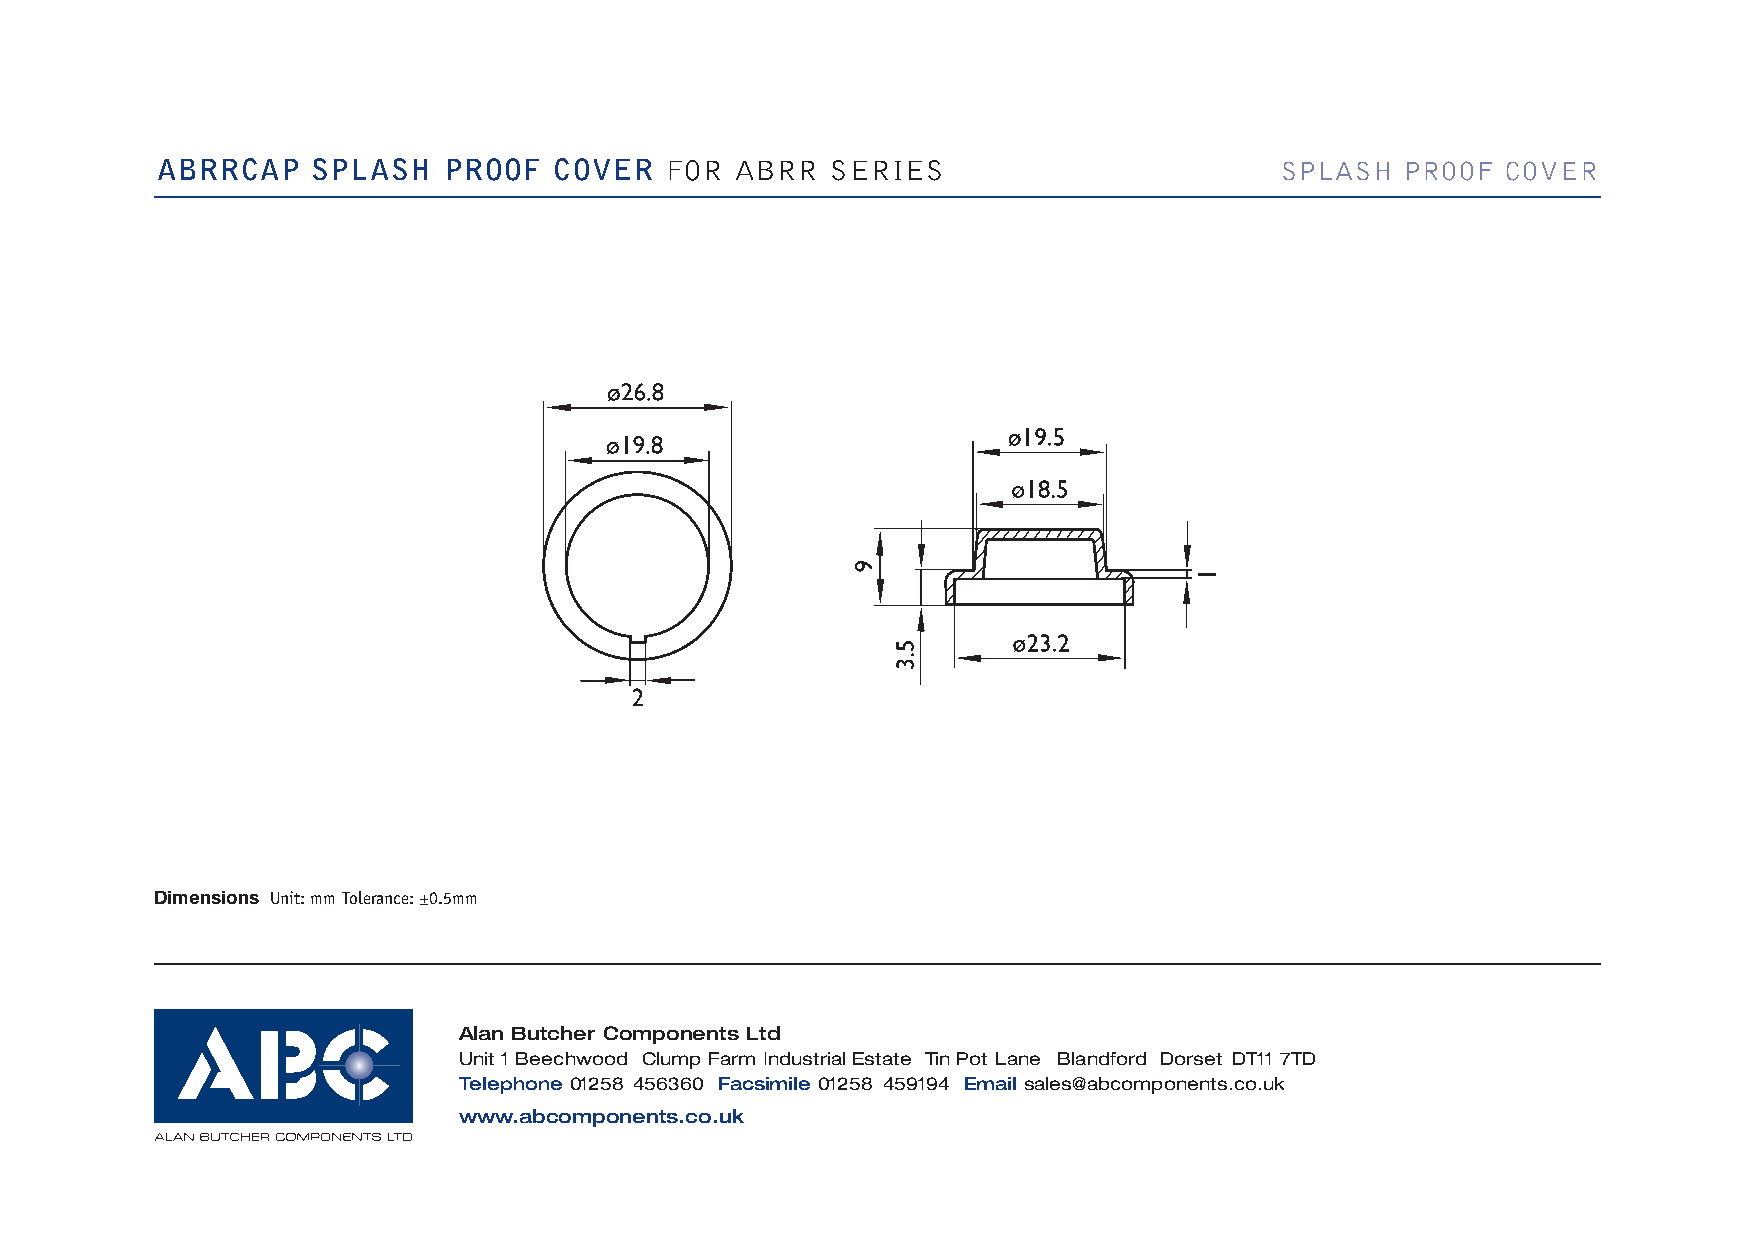
ABRRCAP    SPLASH  PROOF   COVER  FOR  ABRR  SERIES                        SPLASH  PROOF  COVER
 Dimensions Unit: mm Tolerance: ±0.5mm
 Alan Butcher Components Ltd
 Unit 1 Beechwood Clump Farm Industrial Estate Tin Pot Lane Blandford Dorset DT11 7TD
 Telephone 01258 456360 Facsimile 01258 459194 Email sales@abcomponents.co.uk
 www.abcomponents.co.uk